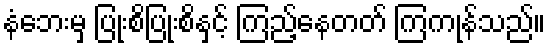
နံဘေးမှ ပြုံးစိပြုံးစိနှင့် ကြည့်နေတတ် ကြကုန်သည်။